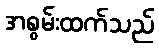
အစွမ်းထက်သည်